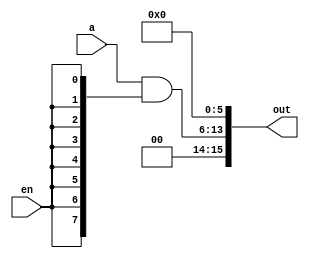
module shift6_8bit(
	input [7:0] a,
	input en,
	output [15:0] out
);

assign out[15:14] = 2'b0;
assign out[13:6] = a&{8{en}};
assign out[5:0] = 6'b0;

endmodule